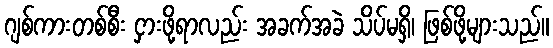
ဂျစ်ကားတစ်စီး ငှားဖို့ရာလည်း အခက်အခဲ သိပ်မရှိ၊ ဖြစ်ဖို့များသည်။